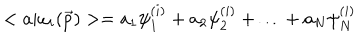
LaTeX: < a | \omega _ { i } ( \vec { p } ) > = a _ { 1 } \psi _ { 1 } ^ { ( i ) } + a _ { 2 } \psi _ { 2 } ^ { ( i ) } + \ldots + a _ { N } \psi _ { N } ^ { ( i ) }